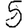
Digit: 5